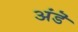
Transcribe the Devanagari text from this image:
अंडॆ